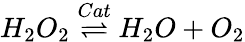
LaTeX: H_{2}O_{2}\stackrel{Cat}{\rightleftharpoons}H_{2}O+O_{2}